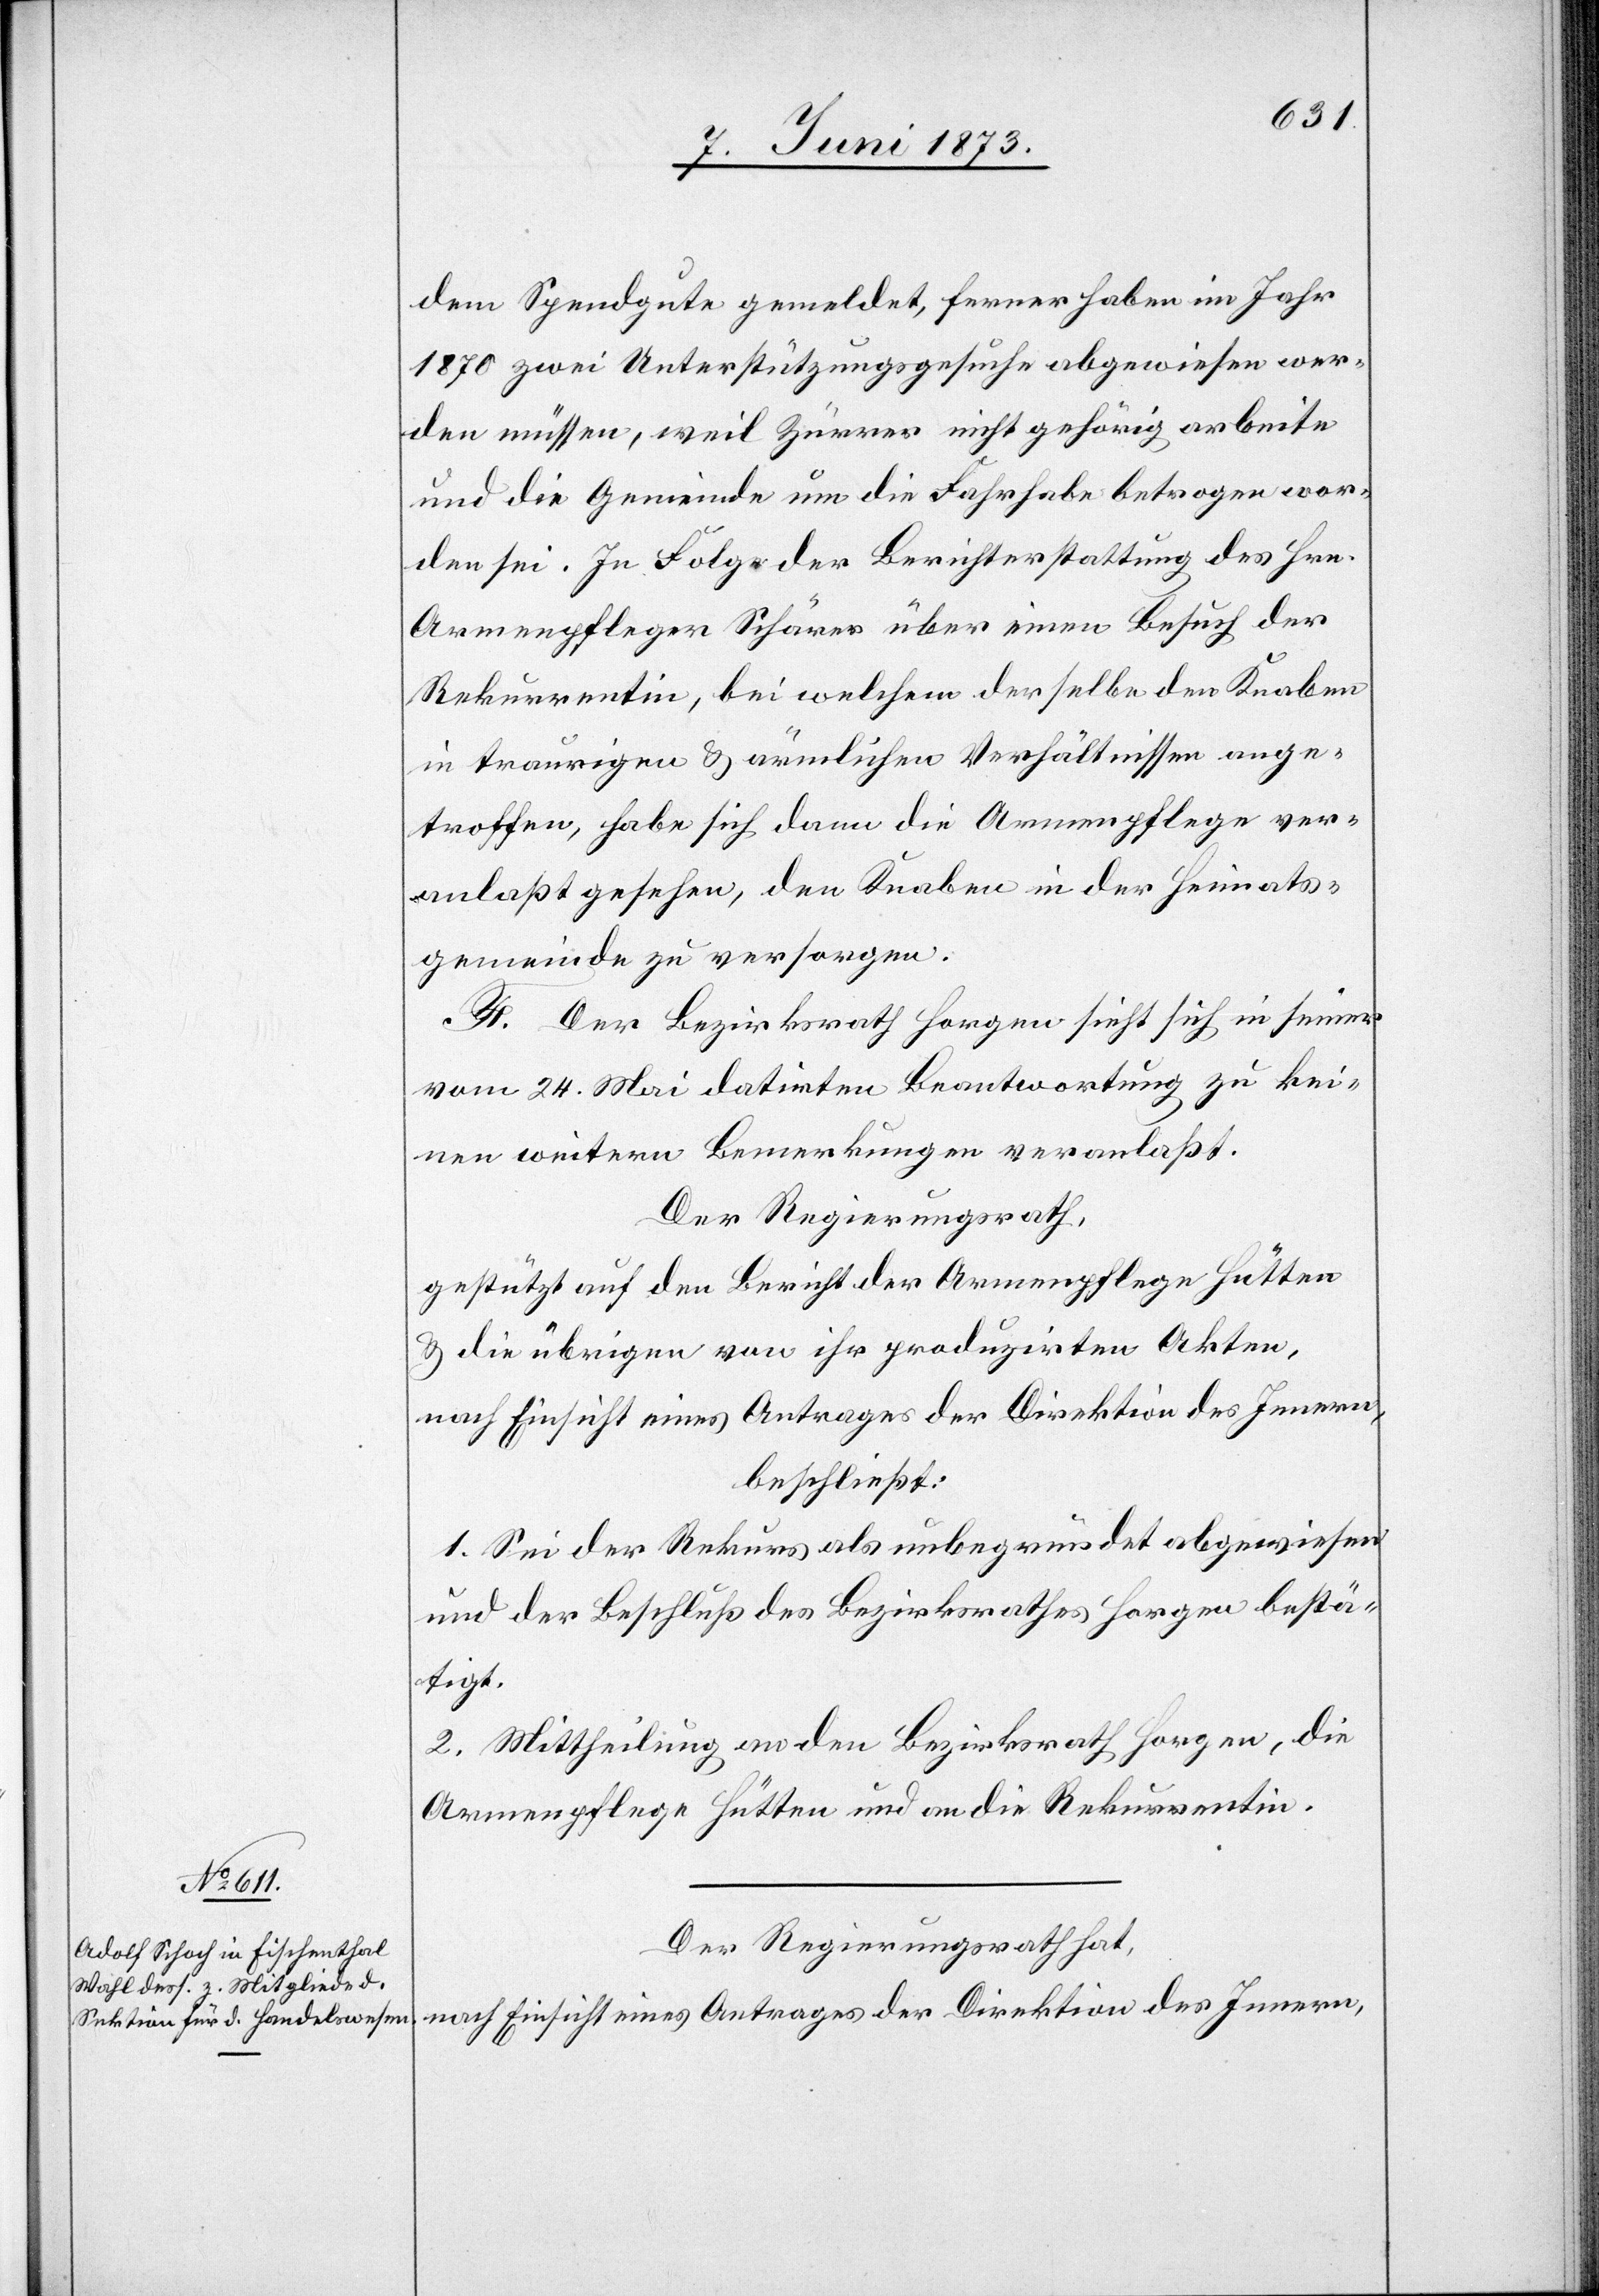
dem Spendgute gemeldet, ferner haben im Jahr
1870 zwei Unterstützungsgesuche abgewiesen wer¬
den müssen, weil Zürrer nicht gehörig arbeite
und die Gemeinde um die Fahrhabe betrogen wor¬
den sei. In Folge der Berichterstattung des Hrn.
Armenpfleger Schärer über einen Besuch der
Rekurrentin, bei welchem derselbe den Knaben
in traurigen & ärmlichen Verhältnissen ange¬
troffen, habe sich dann die Armenpflege ver¬
anlaßt gesehen, den Knaben in der Heimats¬
gemeinde zu versorgen.
F. Der Bezirksrath Horgen sieht sich in seiner
vom 24. Mai datirten Beantwortung zu kei¬
nen weitern Bemerkungen veranlaßt.
Der Regierungsrath,
gestützt auf den Bericht der Armenpflege Hütten
& die übrigen von ihr produzirten Akten,
nach Einsicht eines Antrages der Direktion des Innern,
beschließt:
1. Sei der Rekurs als unbegründet abgewiesen
und der Beschluß des Bezirksrathes Horgen bestä¬
tigt.
2. Mittheilung an den Bezirksrath Horgen, die
Armenpflege Hütten und an die Rekurrentin.
Der Regierungsrath hat,
nach Einsicht eines Antrages der Direktion des Innern,